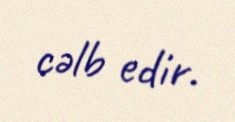
cəlb edir.